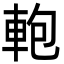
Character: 軳